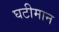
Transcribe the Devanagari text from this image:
घटीमान